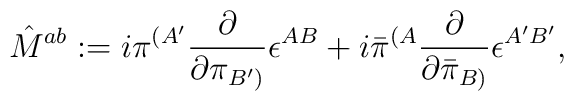
{\hat M}^{ab}:=i{\pi}^{({A^\prime}}{{\partial} \over {\partial{\pi}_{{B^\prime})}}}\epsilon^{AB}+i{\bar \pi}^{({A}}{{\partial} \over {\partial {\bar \pi}_{{B)}}}}\epsilon^{{A^\prime}{B^\prime}},